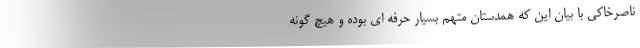
ناصرخاکی با بیان این که همدستان متهم بسیار حرفه ای بوده و هیچ گونه